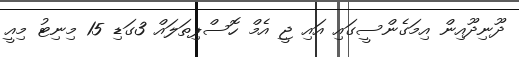
ދޫނިދޫއިން އިމަގެންސީގައި އައި ޖީ އެމް ހޮސްޕިތަލައް 3ގަޑި 15 މިނިޓު މިއީ